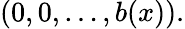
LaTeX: (0,0,\ldots,b(x)).